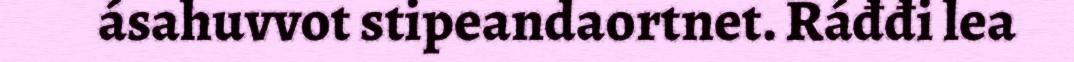
ásahuvvot stipeandaortnet. Ráđđi lea